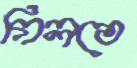
গিলতে